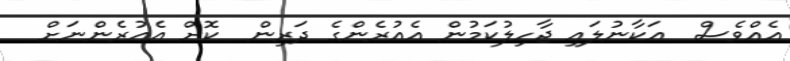
އެއްވެސް  އަކާނުލައި ޖާހިލުކަމުން އެއުރެންގެ ދަރިން  ކޮށް އެއުރެންނަށް